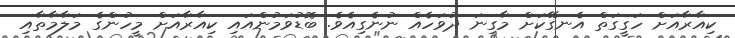
ކިއާރާއަށް ހަގީގަތް އެނގޭކަށް މާގިނަ ދުވަހެއް ނުނެގިއެވެ. ބޮޑުވަމުންއައި ކިއާރާއަށް މީހުންގެ މަލާމާތާއި